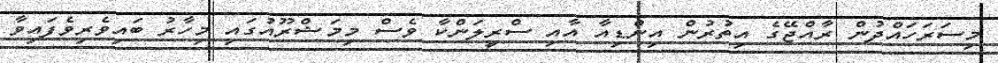
މިސަރަަހައްދުން ރާއްޖޭގެ އިތުރުން އިންޑިއާ އާއި ސްރީލަންކާ ވެސް މިމަޝްރޫއުގައި މިހާރު ބައިވެރިވެފައިވާ